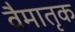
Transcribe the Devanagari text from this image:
वैमातृक